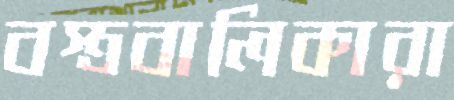
বস্ত্রবালিকারা